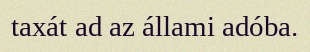
taxát ad az állami adóba.